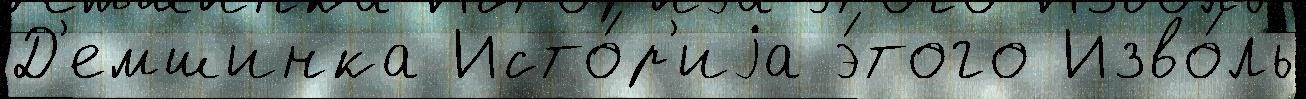
Д'емшинка Исто́р'иjа э́того Изво́ль